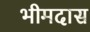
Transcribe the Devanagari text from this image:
भीमदास